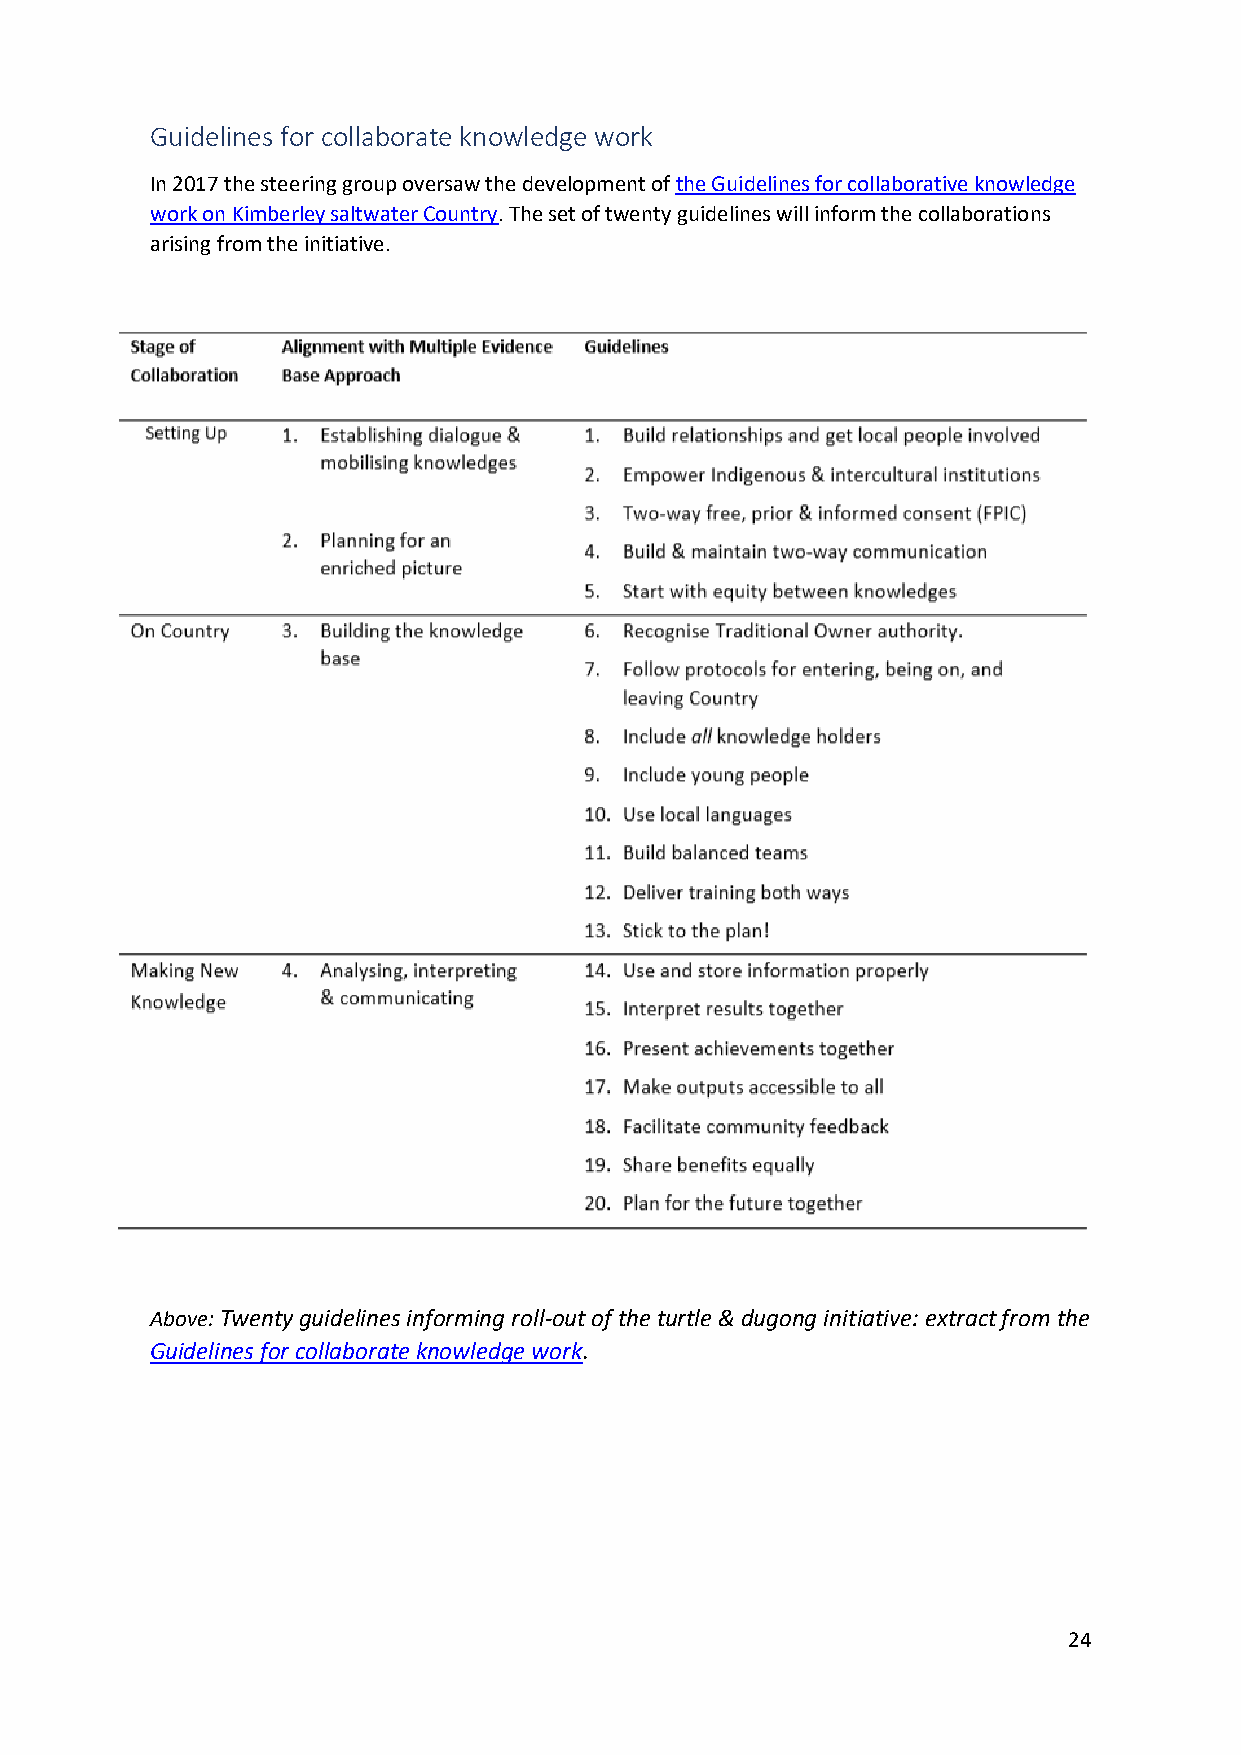
Guidelines for collaborate knowledge work
 In 2017 the steering group oversaw the development of the Guidelines for collaborative knowledge
 work on Kimberley saltwater Country. The set of twenty guidelines will inform the collaborations
 arising from the initiative.
 Above: Twenty guidelines informing roll-out of the turtle & dugong initiative: extract from the
 Guidelines for collaborate knowledge work.
 24